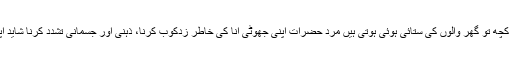
دارالامان میں پناہ لینی والی عورتیں کچھ تو گھر والوں کی ستائی ہوئی ہوتی ہیں مرد حضرات اپنی جھوٹی انا کی خاطر زدکوب کرنا، ذہنی اور جسمانی تشدد کرنا شاید اپنا ایک عظیم کارنامہ سمجھتے ہیں۔